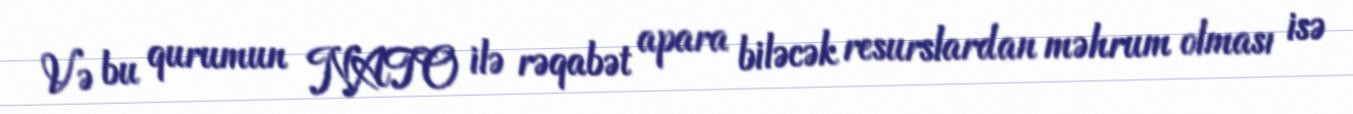
Və bu qurumun NATO ilə rəqabət apara biləcək resurslardan məhrum olması isə